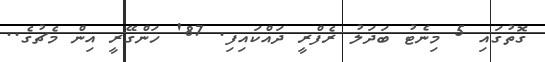
ގޮތުގައި 5 މިނެޓު ބަދަލު ރެފްރީ ދައްކައިފި. 87' ހަންގޭރީ އިން މެޗުގެ..